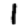
Digit: 1